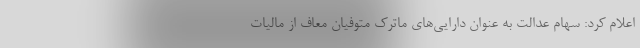
اعلام کرد: سهام عدالت به عنوان دارایی‌های ماترک متوفیان معاف از مالیات